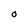
Character: O